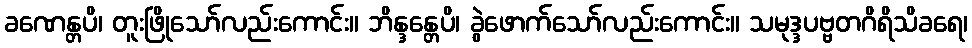
ခဏေန္တပိ၊ တူးဖြိုသော်လည်းကောင်း။ ဘိန္ဒန္တေပိ၊ ခွဲဖောက်သော်လည်းကောင်း။ သမုဒ္ဒပဗ္ဗတဂိရိသိခရေ၊